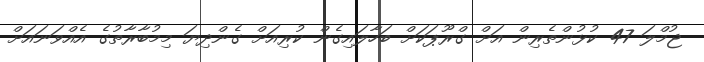
ޖުމްލަ 47 ކުޅުންތެރިން އަށް ގްރޫޕަކަށް ބަހާލައިގެން ކުރިއަށް ގެންދިޔަ މިމުބާރާތުގެ އެއްވަނައަށް